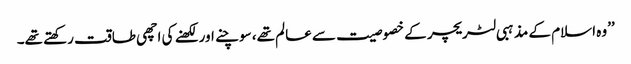
’’وہ اسلام کے مذہبی لٹریچر کے خصوصیت سے عالم تھے، سوچنے اور لکھنے کی اچھی طاقت رکھتے تھے۔